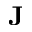
\mathbf { J }